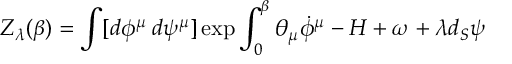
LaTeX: Z _ { \lambda } ( \beta ) = \int [ d \phi ^ { \mu } \: d \psi ^ { \mu } ] \exp { \int _ { 0 } ^ { \beta } \theta _ { \mu } \dot { \phi } ^ { \mu } - H + \omega + \lambda d _ { S } \psi }